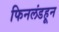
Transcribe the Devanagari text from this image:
फिनलंडहून